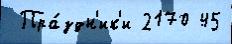
 Пра́здн'ик'и 2170 45